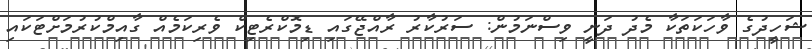
ޝަހީދުގެ ވާހަކަތަކާ މެދު ދަނީ ވިސްނަމުން: ސަރުކާރު ރާއްޖޭގައި ޑިމޮކްރެޓިކް ވެރިކަމެއް ގާއިމްކުރުމަށްޓަކައި